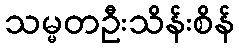
သမ္မတဦးသိန်းစိန်